Vaccine operations Central Provinces & Berar 1922-1929 - 1922-1929
Year: 1922
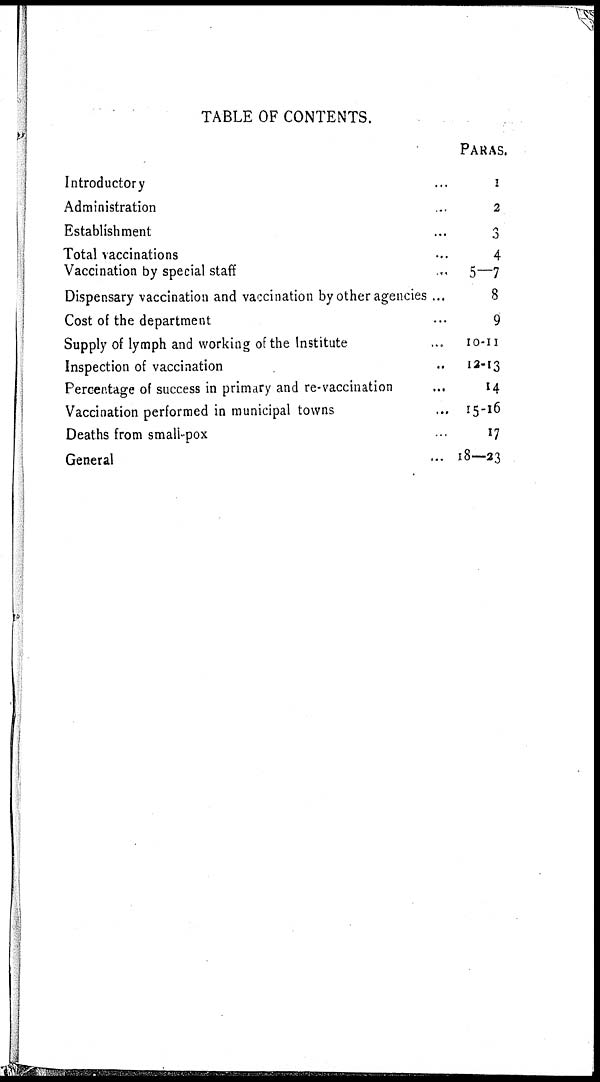
TABLE OF CONTENTS.
Introductory ...
Administration ...
Establishment ...
Total vaccinations ...
Vaccination by special staff ...
Dispensary vaccination and vaccination by other agencies ...
Cost of the department ...
Supply of lymph and working of the Institute ...
Inspection of vaccination ...
Percentage of success in primary and re-vaccination ...
Vaccination performed in municipal towns ...
Deaths from small-pox ...
General ...
PARAS.
1
2
3
4
5—7
8
9
10-11
12-13
14
15-16
17
18—23